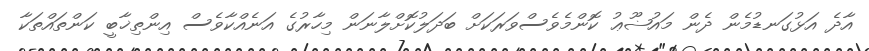
އާދެ އަޅުގަނޑުމެން ދެން މައުޟޫޢު ކޮންމެވެސްވަރަކަށް ބަދަލުކޮށްލާނަން މިހާރުގެ އަނެއްކާވެސް އިންތިޚާބީ ކަންތައްތަކާ